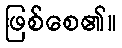
ဖြစ်စေ၏။